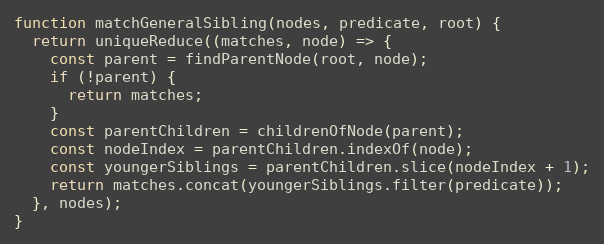
Language: JavaScript
function matchGeneralSibling(nodes, predicate, root) {
  return uniqueReduce((matches, node) => {
    const parent = findParentNode(root, node);
    if (!parent) {
      return matches;
    }
    const parentChildren = childrenOfNode(parent);
    const nodeIndex = parentChildren.indexOf(node);
    const youngerSiblings = parentChildren.slice(nodeIndex + 1);
    return matches.concat(youngerSiblings.filter(predicate));
  }, nodes);
}